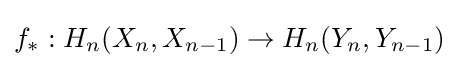
f_{*}:H_{n}(X_{n},X_{n-1})\to H_{n}(Y_{n},Y_{n-1})